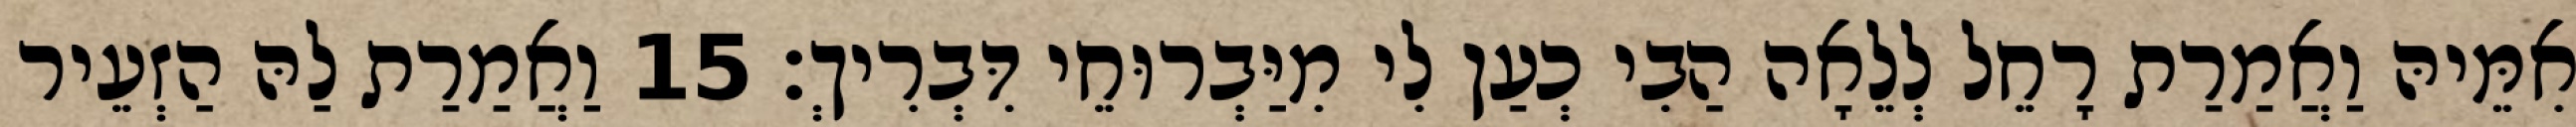
אִמֵּיהּ וַאֲמַרַת רָחֵל לְלֵאָה הַבִי כְעַן לִי מִיַּבְרוּחֵי דִּבְרִיךְ׃ 15 וַאֲמַרַת לַהּ הַזְעֵיר